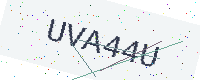
Text: UVA44U